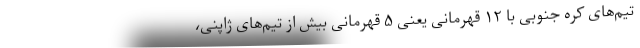
تیم‌های کره جنوبی با ۱۲ قهرمانی یعنی ۵ قهرمانی بیش از تیم‌های ژاپنی،